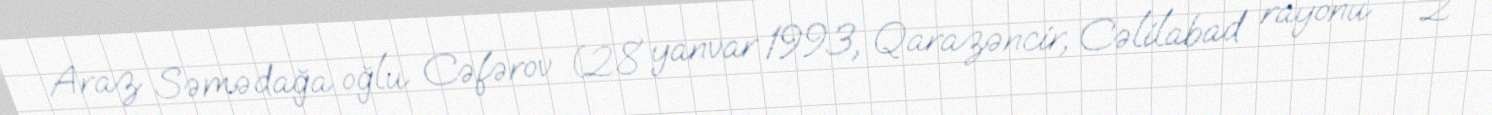
Araz Səmədağa oğlu Cəfərov (28 yanvar 1993, Qarazəncir, Cəlilabad rayonu – 2